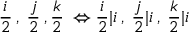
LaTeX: \frac { i } { 2 } \: , \: \frac { j } { 2 } \: , \frac { k } { 2 } \: \Leftrightarrow \frac { i } { 2 } \vert i \: , \: \frac { j } { 2 } \vert i \: , \: \frac { k } { 2 } \vert i